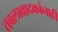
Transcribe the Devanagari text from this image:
तबलावादकांनाही